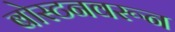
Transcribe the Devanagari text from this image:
बोस्टनवरून